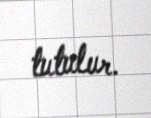
tutulur.